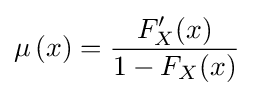
\mu \,(x)={\frac {F'_{X}(x)}{1-F_{X}(x)}}